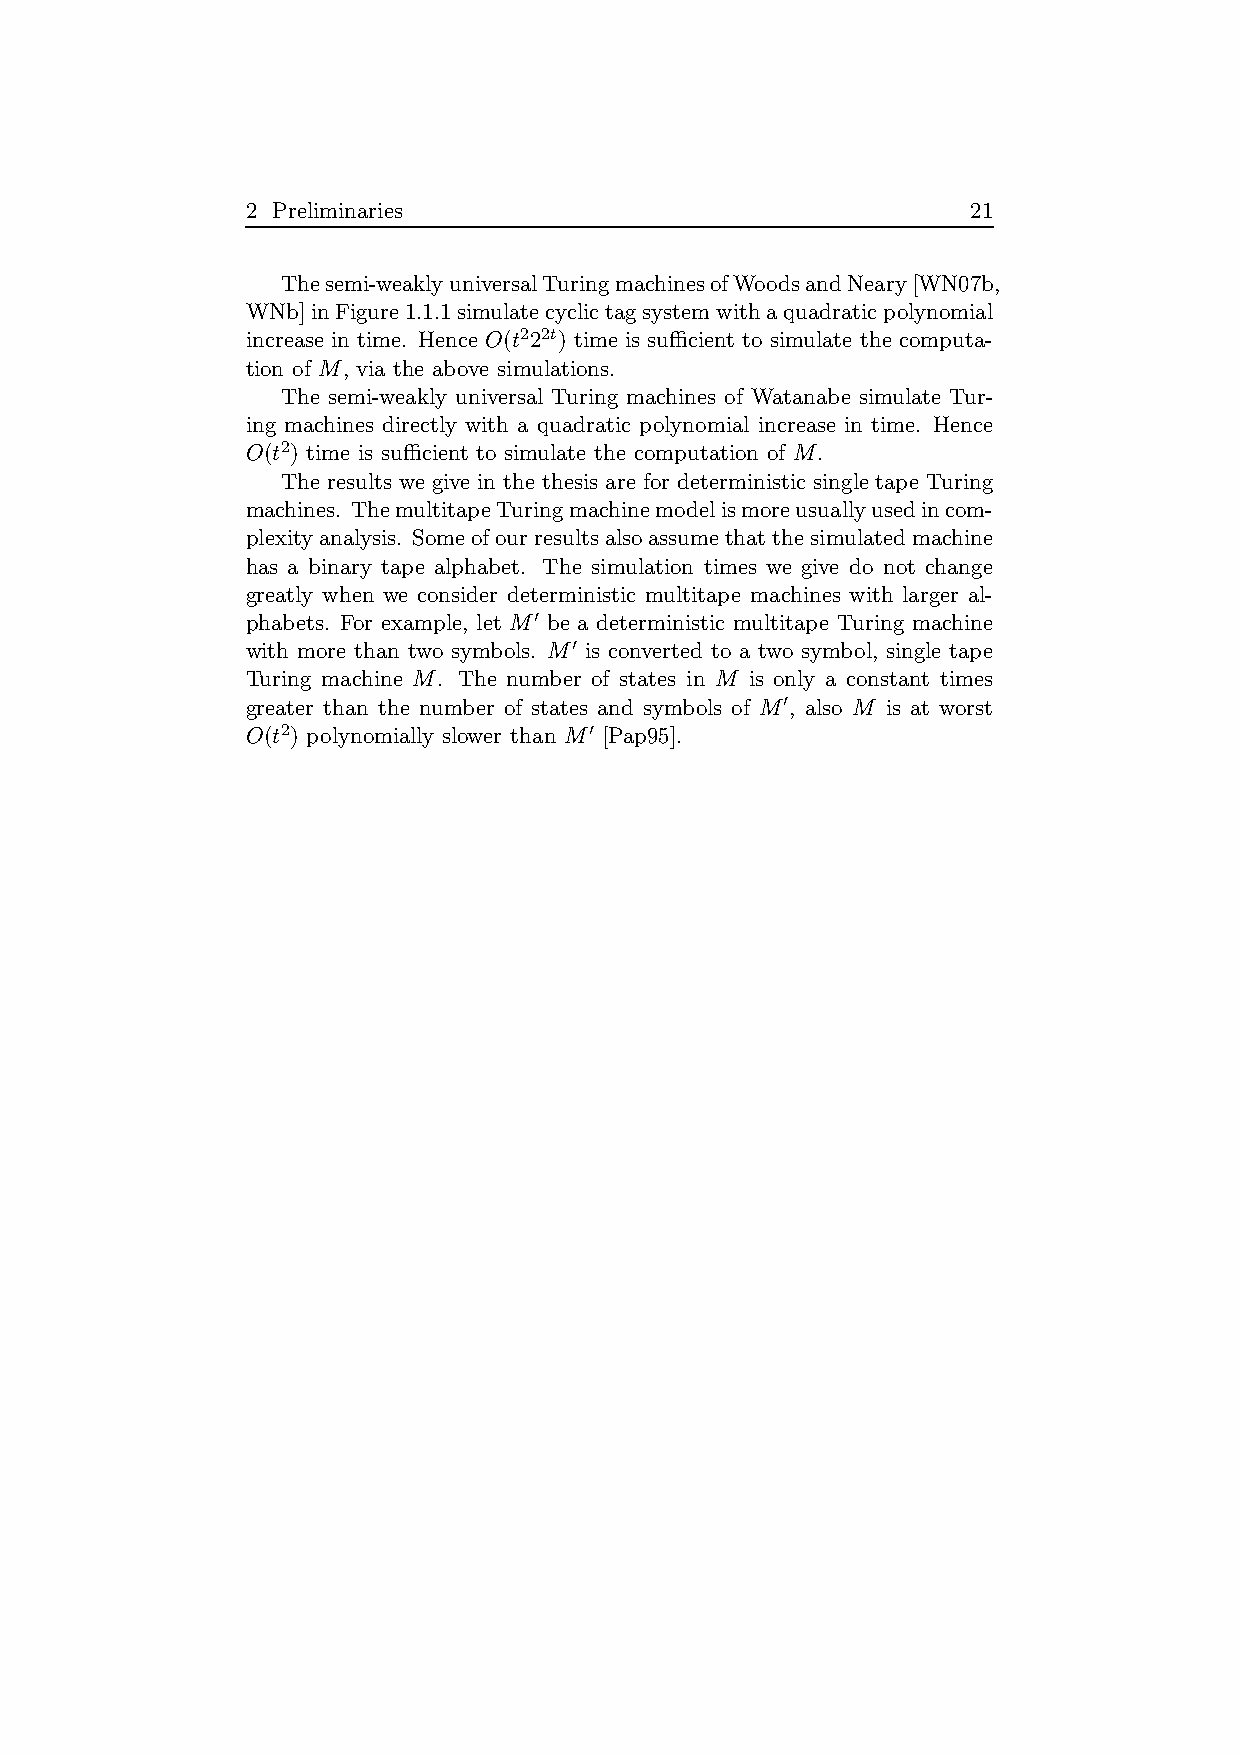
2 Preliminaries                                 21
 Thesemi-weaklyuniversalTuringmachinesofWoodsandNeary[WN07b,
 WNb]inFigure1.1.1simulatecyclictagsystemwithaquadraticpolynomial
 increase in time. Hence O(t222t) time is sufficient to simulate the computa-
 tion of M, via the above simulations.
 The semi-weakly universal Turing machines of Watanabe simulate Tur-
 ing machines directly with a quadratic polynomial increase in time. Hence
 O(t2) time is sufficient to simulate the computation of M.
 The results we give in the thesis are for deterministic single tape Turing
 machines. ThemultitapeTuringmachinemodelismoreusuallyusedincom-
 plexityanalysis. Someofourresultsalsoassumethatthesimulatedmachine
 has a binary tape alphabet. The simulation times we give do not change
 greatly when we consider deterministic multitape machines with larger al-
 phabets. For example, let M′ be a deterministic multitape Turing machine
 with more than two symbols. M′ is converted to a two symbol, single tape
 Turing machine M. The number of states in M is only a constant times
 greater than the number of states and symbols of M′, also M is at worst
 O(t2) polynomially slower than M′ [Pap95].